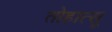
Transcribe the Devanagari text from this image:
तोहात्सू